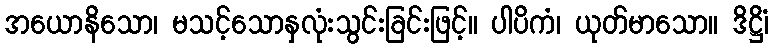
အယောနိသော၊ မသင့်သောနှလုံးသွင်းခြင်းဖြင့်။ ပါပိကံ၊ ယုတ်မာသော။ ဒိဋ္ဌိံ၊